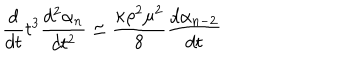
\frac { d } { d t } t ^ { 3 } \frac { d ^ { 2 } \alpha _ { n } } { d t ^ { 2 } } \simeq \frac { \kappa \rho ^ { 2 } \mu ^ { 2 } } { 8 } \frac { d \alpha _ { n - 2 } } { d t }